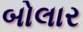
બોલાર